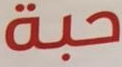
حبة